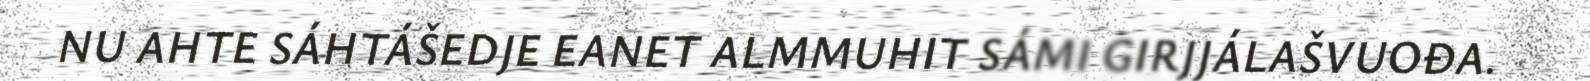
NU AHTE SÁHTÁŠEDJE EANET ALMMUHIT SÁMI GIRJJÁLAŠVUOĐA.